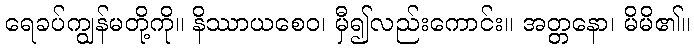
ရေခပ်ကျွန်မတို့ကို။ နိဿာယစေဝ၊ မှီ၍လည်းကောင်း။ အတ္တနော၊ မိမိ၏။